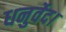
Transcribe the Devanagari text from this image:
धनुर्वेद।